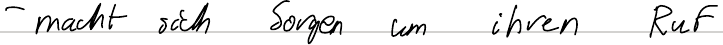
- macht sich Sorgen um ihren Ruf